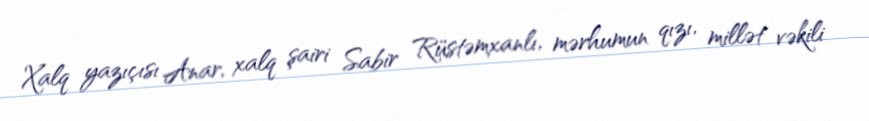
Xalq yazıçısı Anar, xalq şairi Sabir Rüstəmxanlı, mərhumun qızı, millət vəkili